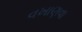
વખાણવા